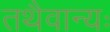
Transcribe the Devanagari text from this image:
तथैवान्यः